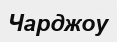
Чарджоу